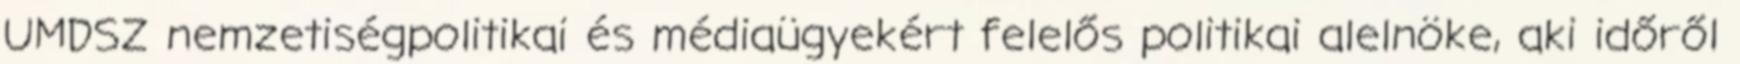
UMDSZ nemzetiségpolitikai és médiaügyekért felelős politikai alelnöke, aki időről